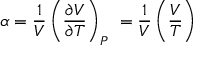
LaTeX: \alpha = { \frac { 1 } { V } } \left( { \frac { \partial V } { \partial T } } \right) _ { P } \ = { \frac { 1 } { V } } \left( { \frac { V } { T } } \right)